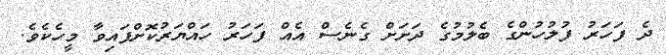
ދެ ފަހަރު ފުލުހުންގެ ބެލުމުގެ ދަށަށް ގެނެސް އެއް ފަހަރު ހައްޔަރުކޮށްފައިވާ މީހެކެވެ.